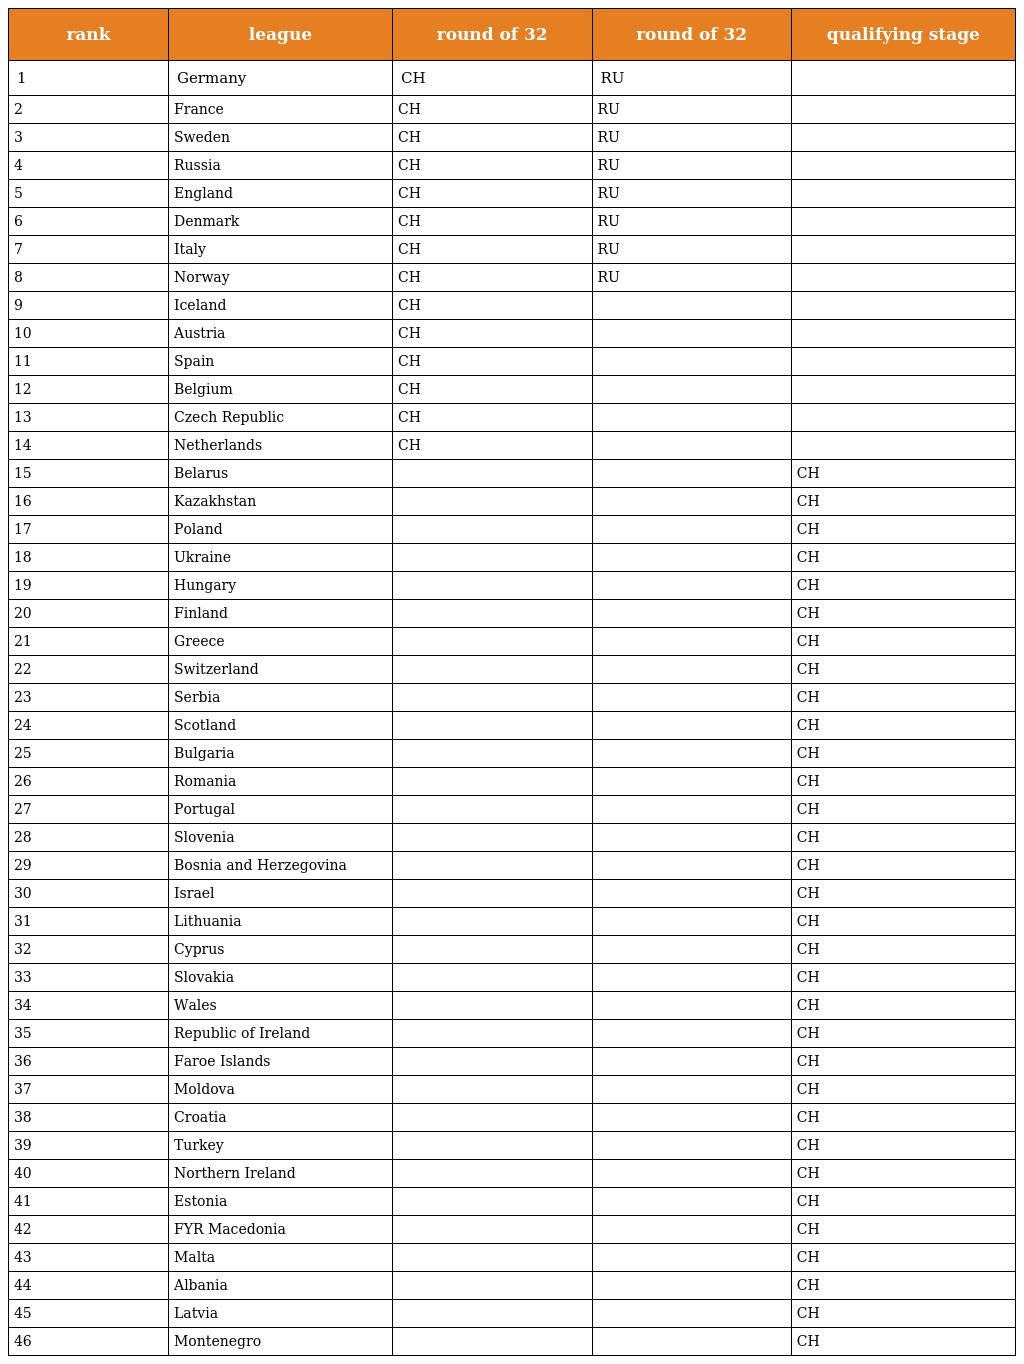
| rank | league | round of 32 | round of 32 | qualifying stage |
 | --- | --- | --- | --- | --- |
 | 1 | Germany | CH | RU |  |
 | 2 | France | CH | RU |  |
 | 3 | Sweden | CH | RU |  |
 | 4 | Russia | CH | RU |  |
 | 5 | England | CH | RU |  |
 | 6 | Denmark | CH | RU |  |
 | 7 | Italy | CH | RU |  |
 | 8 | Norway | CH | RU |  |
 | 9 | Iceland | CH |  |  |
 | 10 | Austria | CH |  |  |
 | 11 | Spain | CH |  |  |
 | 12 | Belgium | CH |  |  |
 | 13 | Czech Republic | CH |  |  |
 | 14 | Netherlands | CH |  |  |
 | 15 | Belarus |  |  | CH |
 | 16 | Kazakhstan |  |  | CH |
 | 17 | Poland |  |  | CH |
 | 18 | Ukraine |  |  | CH |
 | 19 | Hungary |  |  | CH |
 | 20 | Finland |  |  | CH |
 | 21 | Greece |  |  | CH |
 | 22 | Switzerland |  |  | CH |
 | 23 | Serbia |  |  | CH |
 | 24 | Scotland |  |  | CH |
 | 25 | Bulgaria |  |  | CH |
 | 26 | Romania |  |  | CH |
 | 27 | Portugal |  |  | CH |
 | 28 | Slovenia |  |  | CH |
 | 29 | Bosnia and Herzegovina |  |  | CH |
 | 30 | Israel |  |  | CH |
 | 31 | Lithuania |  |  | CH |
 | 32 | Cyprus |  |  | CH |
 | 33 | Slovakia |  |  | CH |
 | 34 | Wales |  |  | CH |
 | 35 | Republic of Ireland |  |  | CH |
 | 36 | Faroe Islands |  |  | CH |
 | 37 | Moldova |  |  | CH |
 | 38 | Croatia |  |  | CH |
 | 39 | Turkey |  |  | CH |
 | 40 | Northern Ireland |  |  | CH |
 | 41 | Estonia |  |  | CH |
 | 42 | FYR Macedonia |  |  | CH |
 | 43 | Malta |  |  | CH |
 | 44 | Albania |  |  | CH |
 | 45 | Latvia |  |  | CH |
 | 46 | Montenegro |  |  | CH |